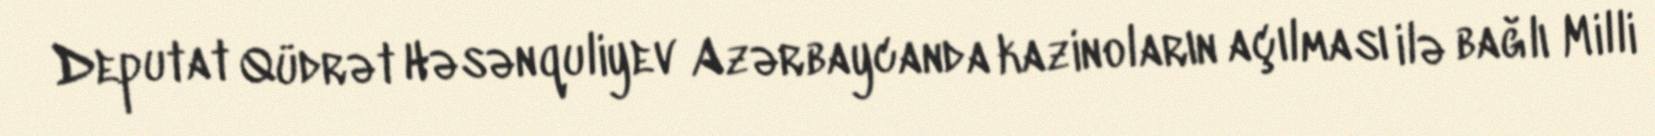
Deputat Qüdrət Həsənquliyev Azərbaycanda kazinoların açılması ilə bağlı Milli